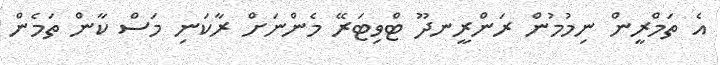
އެ ތަމްރީން ނިމުމުން ރަންރީނދޫ ޓްވިޓަރޭ މެންނަށް ރާކަނި މަސް ކާން ތަމެން